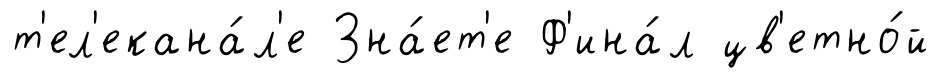
т'ел'екана́л'е Зна́ет'е Ф'ина́л цв'етно́й